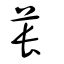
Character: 萇